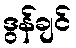
ဒွန်ချင်